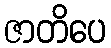
ဇာတိပေ